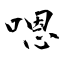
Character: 嗯